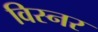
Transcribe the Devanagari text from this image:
विस्नर